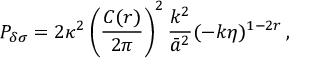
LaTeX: { \cal P } _ { \delta \sigma } = 2 \kappa ^ { 2 } \left( { \frac { C ( r ) } { 2 \pi } } \right) ^ { 2 } { \frac { k ^ { 2 } } { \bar { a } ^ { 2 } } } ( - k \eta ) ^ { 1 - 2 r } \, ,